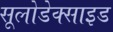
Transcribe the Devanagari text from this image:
सूलोडेक्साइड